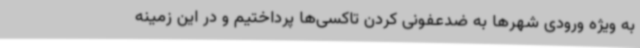
به ویژه ورودی شهرها به ضدعفونی کردن تاکسی‌ها پرداختیم و در این زمینه